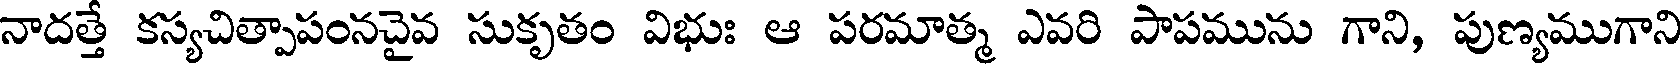
నాదత్తే కస్యచిత్పాపంనచైవ సుకృతం విభుః ఆ పరమాత్మ ఎవరి పాపమును గాని, పుణ్యముగాని